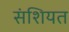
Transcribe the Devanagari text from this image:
संशियत